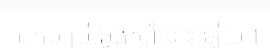
អ្នកបម្រើឆ្វេងស្តាំនោះឡើយ។